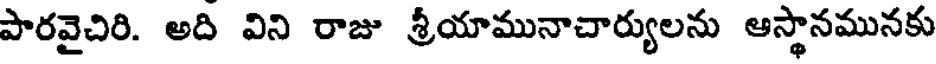
పారవైచిరి. అది విని రాజు శ్రీయామునాచార్యులను ఆస్థానమునకు